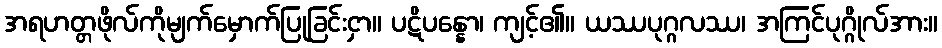
အရဟတ္တဖိုလ်ကိုမျက်မှောက်ပြုခြင်းငှာ။ ပဋိပန္နော၊ ကျင့်၏။ ယဿပုဂ္ဂလဿ၊ အကြင်ပုဂ္ဂိုလ်အား။